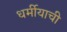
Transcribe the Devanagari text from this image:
धर्मीयाची